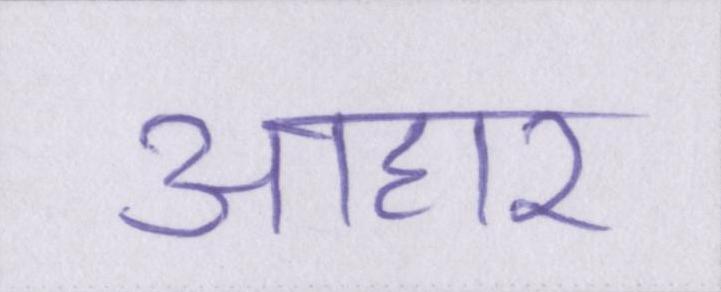
आहार